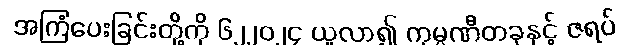
အကြံပေးခြင်းတို့ကို ၆၂၂၀၂၄ ယူလာ၍ ကုမ္ပဏီတခုနှင့် ဇရပ်